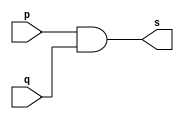
// Exemplo0003 - AND 
// Nome: Gustavo Jota Resende 
// ------------------------- 
// ------------------------- 
// -- and gate 
// ------------------------- 
module andgate ( output s, 
input p, 
input q); 
assign s = p & q; 
endmodule // andgate 
// --------------------- 
// -- test and gate 
// --------------------- 
module testandgate; 
// ------------------------- dados locais 
reg a, b; // definir registradores 
wire s; // definir conexao (fio) 
// ------------------------- instancia 
andgate AND1 (s, a, b); 
// ------------------------- preparacao 
initial begin:start 
a=0; b=0; 
end 
// ------------------------- parte principal 
initial begin 
$display("Exemplo0003 - Gustavo Jota Resende - 427413"); 
$display("Test AND gate"); 
$display("\na & b = s\n"); 
a=0; b=0; 
#1 $display("%b & %b = %b", a, b, s); 
a=0; b=1; 
#1 $display("%b & %b = %b", a, b, s); 
a=1; b=0; 
#1 $display("%b & %b = %b", a, b, s); 
a=1; b=1; 
#1 $display("%b & %b = %b", a, b, s); 
end 
endmodule // testandgate

// 0.1 03/08 esboco 
// 
// ---------------------------------------------- testes 

// 
// Versao Teste 
// 0.1 01. ( OK ) identificacao de programa 
// Resultados: 0=0, 1=1, 0=0
// 0.1 02. ( OK ) identificacao de programa 
// Resultados: ~0=1, ~1=0 
// 0.1 03. ( OK ) identificacao de programa 
// Resultados:0 & 0 = 0, 0&1=0, 1&0=0, 1&1=1